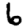
Digit: 6